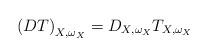
LaTeX: \begin{align*}\displaystyle \left(DT\right)_{X,\omega_X}=D_{X,\omega_X}T_{X,\omega_X}\end{align*}